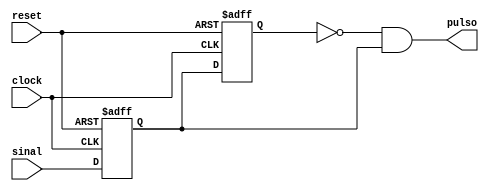
/* ------------------------------------------------------------------------
 *  Arquivo   : edge_detector.v
 *  Projeto   : Experiencia 5 - Desenvolvimento de Projeto de
 *                              Circuitos Digitais com FPGA
 * ------------------------------------------------------------------------
 *  Descricao : detector de borda
 *              gera um pulso na saida de 1 periodo de clock
 *              a partir da detecao da borda de subida sa entrada
 * 
 *              sinal de reset ativo em alto
 * 
 *              > codigo adaptado a partir de codigo VHDL disponivel em
 *                https://surf-vhdl.com/how-to-design-a-good-edge-detector/
 * ------------------------------------------------------------------------
 *  Revisoes  :
 *      Data        Versao  Autor             Descricao
 *      26/01/2024  1.0     Edson Midorikawa  versao inicial
 * ------------------------------------------------------------------------
 */
 
module edge_detector (
    input  clock,
    input  reset,
    input  sinal,
    output pulso
);

    reg reg0;
    reg reg1;

    always @(posedge clock or posedge reset) begin
        if (reset) begin
            reg0 <= 1'b0;
            reg1 <= 1'b0;
        end else if (clock) begin
            reg0 <= sinal;
            reg1 <= reg0;
        end
    end

    assign pulso = ~reg1 & reg0;

endmodule